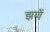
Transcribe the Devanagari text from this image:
झणें